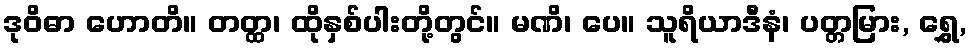
ဒုဝိဓာ ဟောတိ။ တတ္ထ၊ ထိုနှစ်ပါးတို့တွင်။ မဏိ၊ ပေ။ သူရိယာဒီနံ၊ ပတ္တမြား, ရွှေ,